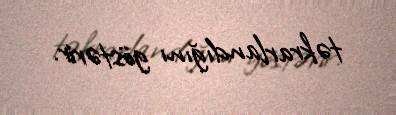
təkrarlandığını göstərir.